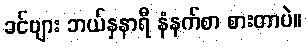
ခင်ဗျား ဘယ်နှနာရီ နံနက်စာ စားတာပဲ။